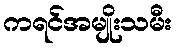
ကရင်အမျိုးသမီး